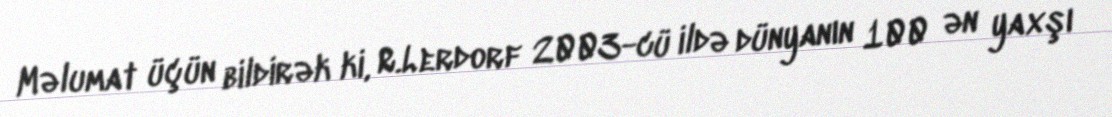
Məlumat üçün bildirək ki, R.Lerdorf 2003-cü ildə dünyanın 100 ən yaxşı